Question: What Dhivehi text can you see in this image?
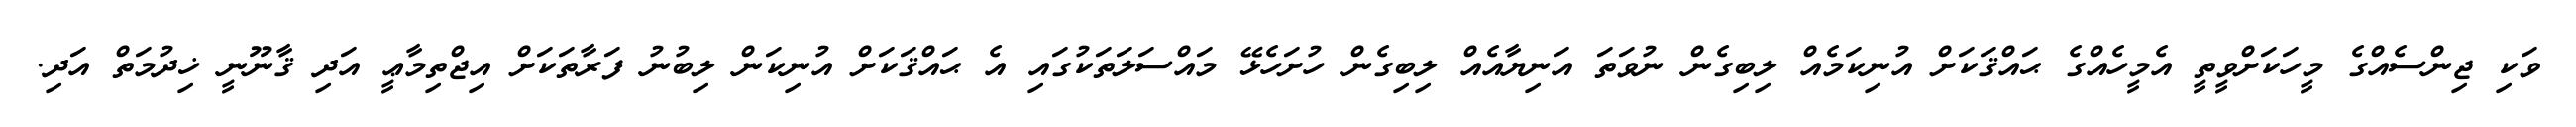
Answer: ވަކި ޖިންސެއްގެ މީހަކަށްވީތީ އެމީހެއްގެ ޙައްޤަކަށް އުނިކަމެއް ލިބިގެން ނުވަތަ އަނިޔާއެއް ލިބިގެން ހުށަހެޅޭ މައްސަލަތަކުގައި އެ ޙައްޤަކަށް އުނިކަން ލިބުނު ފަރާތަކަށް އިޖްތިމާޢީ އަދި ޤާނޫނީ ޚިދުމަތް އަދި.